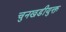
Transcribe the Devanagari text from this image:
चुनखडीयुक्त